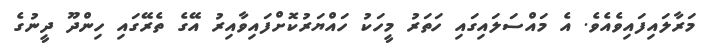
މަރާލައިފައިވެއެވެ. އެ މައްސަލައިގައި ހަތަރު މީހަކު ހައްޔަރުކޮށްފައިވާއިރު އޭގެ ތެރޭގައި ހިންދޫ ދީނުގެ